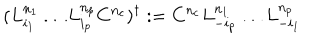
LaTeX: ( L _ { i _ { 1 } } ^ { n _ { 1 } } \ldots L _ { i _ { p } } ^ { n _ { p } } C ^ { n _ { c } } ) ^ { \dagger } : = C ^ { n _ { c } } L _ { - i _ { p } } ^ { n _ { 1 } } \ldots L _ { - i _ { 1 } } ^ { n _ { p } }